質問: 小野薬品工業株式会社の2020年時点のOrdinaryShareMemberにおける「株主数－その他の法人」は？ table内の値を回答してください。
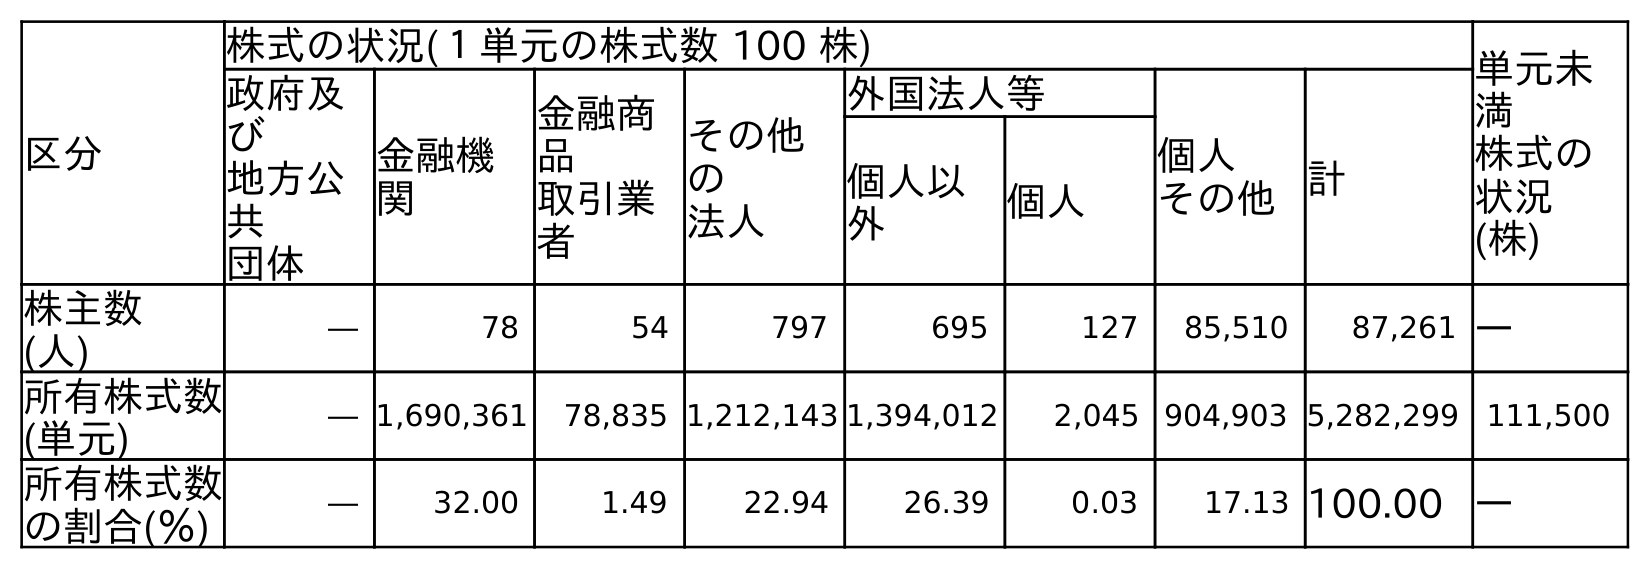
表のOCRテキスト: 区分 株式の状況(１単元の株式数 100 株) 単元未 満 株式の 状況 (株) 政府及 び 地方公 共 団体 金融機 関 金融商 品 取引業 者 その他 の 法人 外国法人等 個人 その他計 個人以 外 個人 株主数 (人) ― 78 54 797 695 127 85,510 87,261 ― 所有株式数 (単元) ― 1,690,361 78,835 1,212,143 1,394,012 2,045 904,903 5,282,299 111,500 所有株式数 の割合(％) ― 32.00 1.49 22.94 26.39 0.03 17.13 100.00 ―
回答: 797